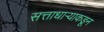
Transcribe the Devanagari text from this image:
सत्ताधाऱ्याकडून